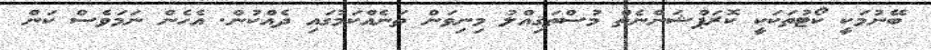
ބޭނުމަކީ ކޯޓުތަކަކީ ކޮރަޕްޝަންނެތް މުސްތަޤިއްލު މިނިވަން ތަނެއްކަމުގައި ދެއްކުން. އެހެން ނަމަވެސް ކަން